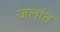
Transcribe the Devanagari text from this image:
जलांत